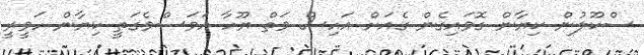
ސްކޫލުން ކިޔާން ގޮވައިގެން ގެއަށް އައިސް ވަތް ޔޫހާ އަވަސްވެގަތީ ކިޔާން ހަވީރީ